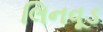
લિનવૂડ